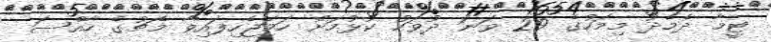
ޓީމާ ދެމެދު މިމަހުގެ 29 ވަނަ ދުވަހު ކުޅުމަށް ހަމަޖެހިފައިވާ މެޗުގެ ހާއްސަ